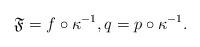
LaTeX: \begin{align*} \mathfrak{F}=f\circ\kappa^{-1},q=p\circ \kappa^{-1}.\end{align*}